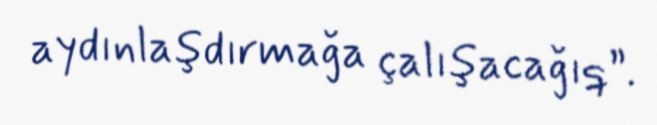
aydınlaşdırmağa çalışacağıq”.